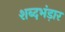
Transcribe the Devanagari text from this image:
शब्दभंड़ार